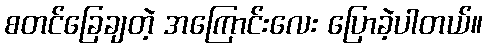
စတင်ခြေချတဲ့ အကြောင်းလေး ပြောခဲ့ပါတယ်။